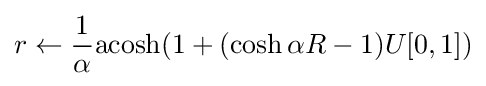
r\gets {\frac {1}{\alpha }}{\text{acosh}}(1+(\cosh \alpha R-1)U[0,1])